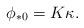
LaTeX: \begin{align*}\phi_{*0}=K\kappa.\end{align*}